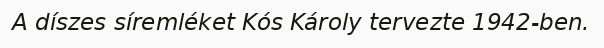
A díszes síremléket Kós Károly tervezte 1942-ben.